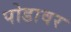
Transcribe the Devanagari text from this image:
पोडावर